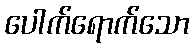
ပေါက်ရောက်သော